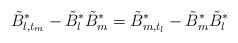
LaTeX: \begin{align*}\tilde B^*_{l,t_m} -\tilde B^*_{l}\tilde B_{m}^*= \tilde B^*_{m,t_l} -\tilde B^*_{m}\tilde B^*_{l}\end{align*}